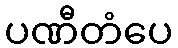
ပဏီတံပေ